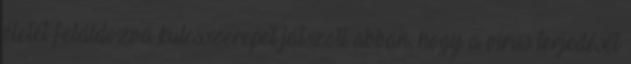
életét feláldozva kulcsszerepet játszott abban, hogy a vírus terjedését